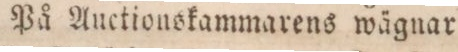
På Auctionskammarens wägnar